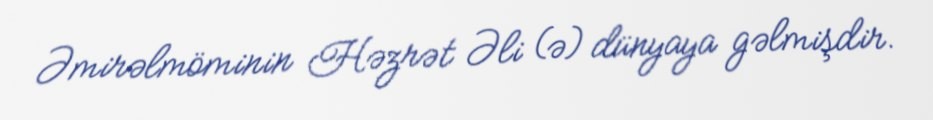
Əmirəlmöminin Həzrət Əli (ə) dünyaya gəlmişdir.